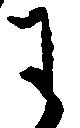
わ